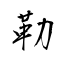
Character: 勒